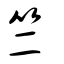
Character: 竺